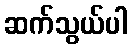
ဆက်သွယ်ပါ